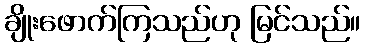
ချိုးဖောက်ကြသည်ဟု မြင်သည်။